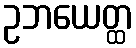
ဥဘယေတ္ထ